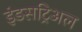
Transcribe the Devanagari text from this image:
इंडसट्रिअल